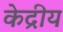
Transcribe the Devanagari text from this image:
केद्रीय